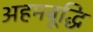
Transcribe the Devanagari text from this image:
अहमबूद्धि